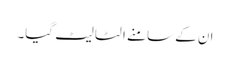
ان کے سامنے الٹا لیٹ گیا۔